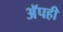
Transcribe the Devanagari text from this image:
अॅपही